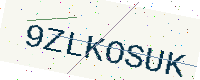
Text: 9ZLKOSUK